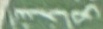
اشخاص